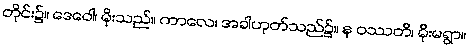
တိုင်း၌။ ဒေဝေါ၊ မိုးသည်။ ကာလေ၊ အခါဟုတ်သည်၌။ န ဝဿတိ၊ မိုးမရွာ။